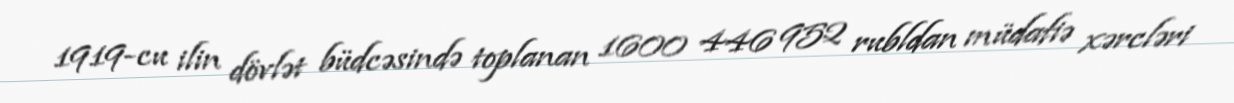
1919-cu ilin dövlət büdcəsində toplanan 1600 446 952 rubldan müdafiə xərcləri